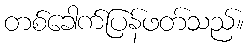
တစ်ခေါက်ပြန်ဖတ်သည်။